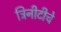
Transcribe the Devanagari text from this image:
ट्रिनीटीचे